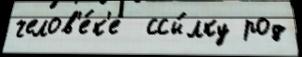
челов'е́к'е  ссы́лку род